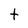
Character: t